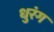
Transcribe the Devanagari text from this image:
धुरंग